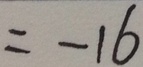
= - 1 6